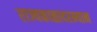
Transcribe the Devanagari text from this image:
राज्यकाळादरम्यान